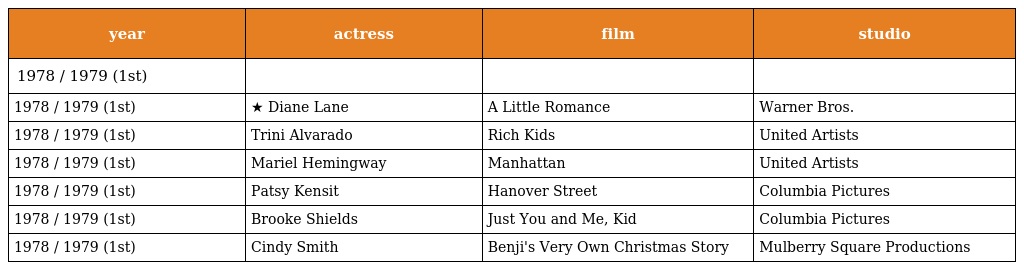
| year | actress | film | studio |
 | --- | --- | --- | --- |
 | 1978 / 1979 (1st) |  |  |  |
 | 1978 / 1979 (1st) | ★ Diane Lane | A Little Romance | Warner Bros. |
 | 1978 / 1979 (1st) | Trini Alvarado | Rich Kids | United Artists |
 | 1978 / 1979 (1st) | Mariel Hemingway | Manhattan | United Artists |
 | 1978 / 1979 (1st) | Patsy Kensit | Hanover Street | Columbia Pictures |
 | 1978 / 1979 (1st) | Brooke Shields | Just You and Me, Kid | Columbia Pictures |
 | 1978 / 1979 (1st) | Cindy Smith | Benji's Very Own Christmas Story | Mulberry Square Productions |